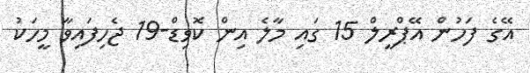
އޭގެ ފަހުން އޭޕްރީލް 15 ގައި މާލެ އިން ކޮވިޑް-19 ޖެހިފައިވާ މީހަކު